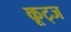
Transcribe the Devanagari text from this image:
कूट्ज